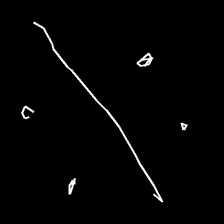
Glyph: cool